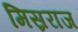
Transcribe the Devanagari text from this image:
मिस्रराज